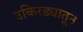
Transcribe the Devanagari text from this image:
उकिरड्यातून